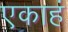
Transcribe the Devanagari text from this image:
एकाहं